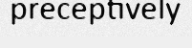
preceptively